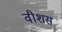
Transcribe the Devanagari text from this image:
वीशस